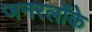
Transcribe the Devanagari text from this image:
जनरलोंके